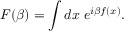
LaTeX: F ( \beta ) = \int d x \; e ^ { i \beta f ( x ) } .